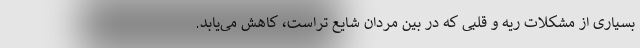
بسیاری از مشکلات ریه و قلبی که در بین مردان شایع تراست، کاهش می‌یابد.